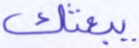
يبعثك